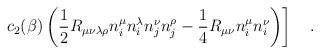
LaTeX: \begin{align*}\left.c_2(\beta)\left(\frac 12R_{\mu\nu\lambda\rho}n^{\mu}_in^{\lambda}_in^{\nu}_jn^{\rho}_j-\frac 14 R_{\mu\nu}n^{\mu}_i n^{\nu}_i \right)\right]~~~.\end{align*}